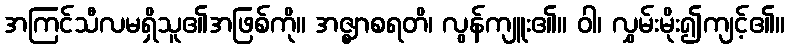
အကြင်သီလမရှိသူ၏အဖြစ်ကို။ အဇ္ဈာစရတိ၊ လွန်ကျူး၏။ ဝါ၊ လွှမ်းမိုး၍ကျင့်၏။